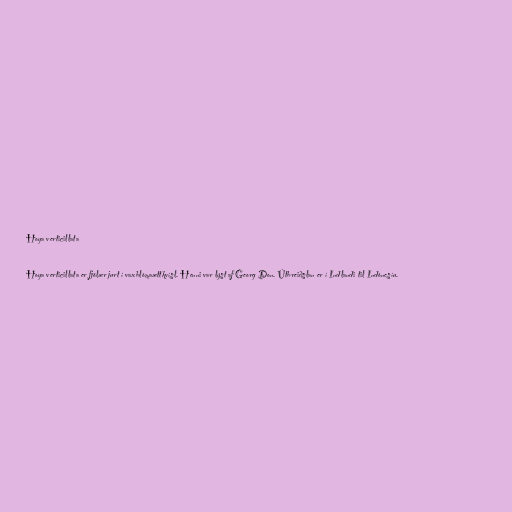
Hoya verticillata

Hoya verticillata er fjölær jurt í vaxblómaættkvísl. Henni var lýst af Georg Don. Útbreiðslan er í Indlandi til Indónesíu.